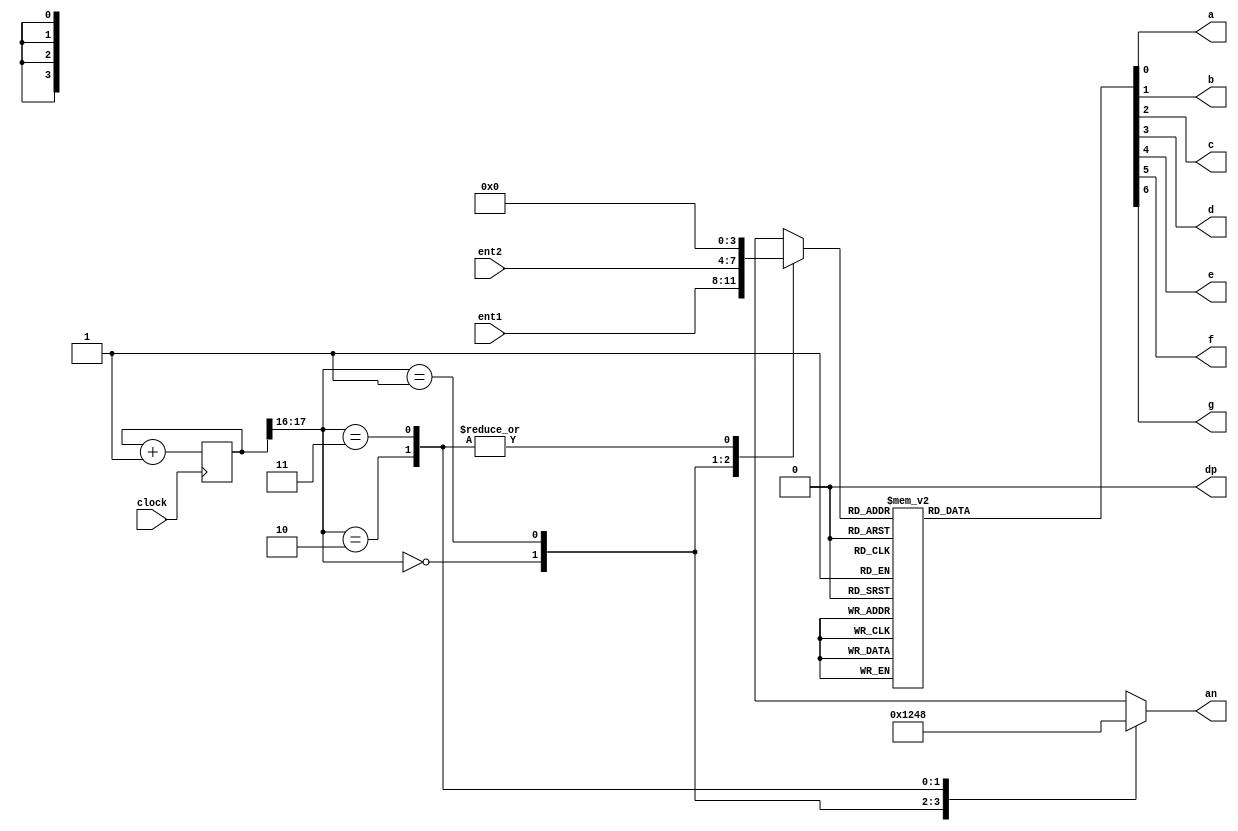
/* Descrio: O circuito multiplexado pode receber 2 entradas de 4 bits e mostrar nos displays.
A taxa de multiplexao de 1000 Hz garante que o olho humano no perceber oscilaes.
Usando o clock da placa de 50Mhz e os 2 MSBits de um contador de 18 bits
d para gerar uma taxa de atualizao de 50MHz/(2^16), ao redor de 763 Hz.
*/

module sevenseg(
 input clock, // clock no pino 23 do kit (50MHz)
 input [3:0] ent1, ent2, // entrada1 com 4 chaves, entrada2 com 4 chaves
 output a, b, c, d, e, f, g, dp, // display de 7 segmentos e o dp (dot point)
 output [3:0] an // habilita os catodos an[3] an[2]...
 );
 
localparam N = 18; // pode ser alterado para mudar a frequncia
 
reg [N-1:0]count; // para o contador de 18 bits que vai permitir
                  // multiplexar em 1000Hz aprox. (763Hz)
 
always @ (posedge clock)
 begin
   count <= count + 1;
 end
 
reg [3:0]sseg; // Registrador de 4 bits para guardar a entrada
reg [3:0]an_temp; // Registrador para habilitar os catodos
 
always @ (*) // O asterisco indica: qualquer alterao...
 begin
  case(count[N-1:N-2]) // Usa apenas os 2 MSB's bits do contador 
  
   2'b00: // Caso os 2 MSB's sejam 00, habilita o display
    begin // da unidade (menos significativo)
     sseg = ent1; // Entrada1 ser conectada
	  an_temp = 4'b0001; // habilita catodo da direita (unidade)
    end
   2'b01: // 01, habilita o display da dezena
    begin
     sseg = ent2;
	  an_temp = 4'b0010;
    end
   2'b10: // 10...centena...
    begin
     sseg = 4'd0; // mostra o nmero 0
     an_temp = 4'b0100;
    end
   2'b11: // 11... milhar
    begin
     sseg = 4'h0; // mostra o nmero 0
     an_temp = 4'b1000;
    end
  endcase
 end
assign an = an_temp; // conecta o registrador an_temp nos pinos an...
 
reg [6:0] sseg_temp; // Registrador de 7 bits para guardar o valor
                     // binrio de cada entrada nos leds a, b, c...
always @ (*)
 begin
  case(sseg)
	4'b0000: sseg_temp = 7'b0111111; // acende os LEDs para formar 0
	4'b0001: sseg_temp = 7'b0000110; // acende os LEDs para formar 1
	4'b0010: sseg_temp = 7'b1011011; // acende os LEDs para formar 2
	4'b0011: sseg_temp = 7'b1001111; // acende os LEDs para formar 3
	4'b0100: sseg_temp = 7'b1100110; // acende os LEDs para formar 4
	4'b0101: sseg_temp = 7'b1101101; // acende os LEDs para formar 5
	4'b0110: sseg_temp = 7'b1111101; // acende os LEDs para formar 6
	4'b0111: sseg_temp = 7'b0000111; // acende os LEDs para formar 7
	4'b1000: sseg_temp = 7'b1111111; // acende os LEDs para formar 8
	4'b1001: sseg_temp = 7'b1101111; // acende os LEDs para formar 9
	4'b1010: sseg_temp = 7'b1110111; // acende os LEDs para formar A
	4'b1011: sseg_temp = 7'b1111100; // acende os LEDs para formar b
	4'b1100: sseg_temp = 7'b0111001; // acende os LEDs para formar C
	4'b1101: sseg_temp = 7'b1011110; // acende os LEDs para formar d
	4'b1110: sseg_temp = 7'b1111001; // acende os LEDs para formar E
	4'b1111: sseg_temp = 7'b1110001; // acende os LEDs para formar F
	default: sseg_temp = 7'b1000000; // se entrada invlida mostra '-'
  endcase
 end

// concatena as sadas dos leds ao registrador
assign {g, f, e, d, c, b, a} = sseg_temp; 
assign dp = 1'b0; // como no usamos o dot point, zeramos
endmodule